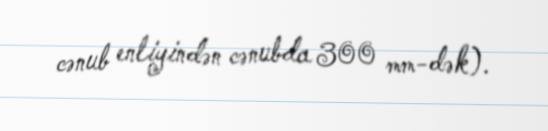
cənub enliyindən cənubda 300 mm-dək).